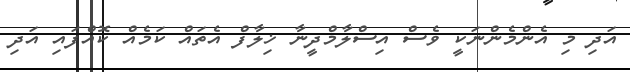
އަދި މި އެންމެންނަކީ ވެސް އިސްލާމްދީނާ ޚިލާފް އެތައް ކަމެއް ކޮއްފައި އަދި